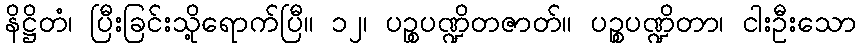
နိဋ္ဌိတံ၊ ပြီးခြင်းသို့ရောက်ပြီ။ ၁၂၊ ပဉ္စပဏ္ဍိတဇာတ်။ ပဉ္စပဏ္ဍိတာ၊ ငါးဦးသော